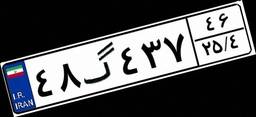
۷۱گ۵۸۰۲۲